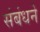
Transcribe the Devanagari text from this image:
संबंधने